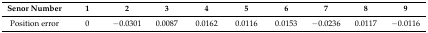
| Senor Number | 1 | 2 | 3 | 4 | 5 | 6 | 7 | 8 | 9 |
 | --- | --- | --- | --- | --- | --- | --- | --- | --- | --- |
 | Position error | 0 | −0.0301 | 0.0087 | 0.0162 | 0.0116 | 0.0153 | −0.0236 | 0.0117 | −0.0116 |